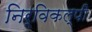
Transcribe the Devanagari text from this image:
निर्विकल्पी